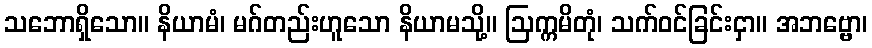
သဘောရှိသော။ နိယာမံ၊ မဂ်တည်းဟူသော နိယာမသို့။ ဩက္ကမိတုံ၊ သက်ဝင်ခြင်းငှာ။ အဘဗ္ဗော၊